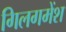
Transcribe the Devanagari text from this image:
गिलगमेंश